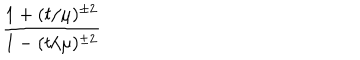
{ \frac { 1 + ( t / \mu ) ^ { \pm 2 } } { 1 - ( t / \mu ) ^ { \pm 2 } } }